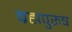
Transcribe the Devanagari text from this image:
ब्रह्मपुरुष